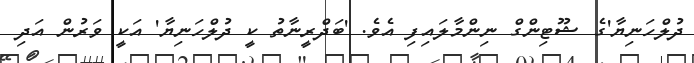
ދުލްހަނިޔާ'ގެ ޝޫޓިންގް ނިންމާލައިފި އެވެ. 'ބަދްރީނާތު ކީ ދުލްހަނިޔާ' އަކީ ވަރުން އަދި